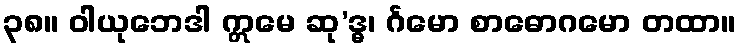
၃၈။ ဝါယုဘေဒါ ဣမေ ဆု’ဒ္ဓ၊ င်္ဂမော စာဓောဂမော တထာ။